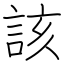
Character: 該